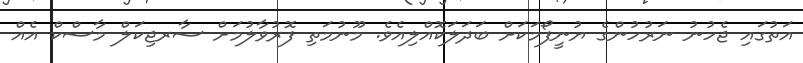
އަތުގައި ޖެހުނު ނަރުހުންގެ ޔުނީފޯމަކަށް ބަދަލަކޮއްލިއެވެ. މޫނުމަތި ފޮރުވާލުމަށް ސާރޖިކަލް މާސްކް އެއް